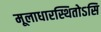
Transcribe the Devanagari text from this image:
मूलाधारस्थितोऽसि